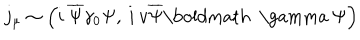
LaTeX: j _ { \mu } \sim \left( i \: \overline { { { \Psi } } } \gamma _ { 0 } \Psi , \: i \: v \overline { { { \Psi } } } \mathrm { \boldmath ~ \ g a m m a ~ } \Psi \right)